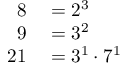
\begin{array} { r l } { 8 } & { { } = 2 ^ { 3 } } \\ { 9 } & { { } = 3 ^ { 2 } } \\ { 2 1 } & { { } = 3 ^ { 1 } \cdot 7 ^ { 1 } } \end{array}